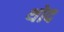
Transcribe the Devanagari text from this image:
थोद